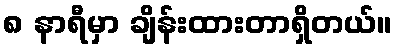
၈ နာရီမှာ ချိန်းထားတာရှိတယ်။